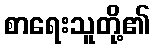
စာရေးသူတို့၏